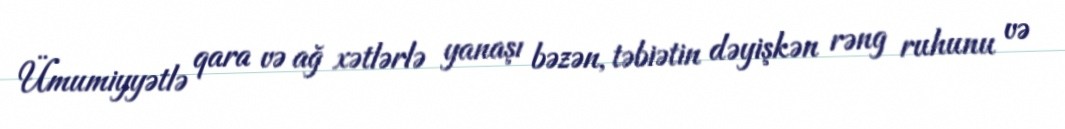
Ümumiyyətlə qara və ağ xətlərlə yanaşı bəzən, təbiətin dəyişkən rəng ruhunu və